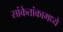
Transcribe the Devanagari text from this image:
सांकेतांकामध्ये